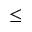
\leq